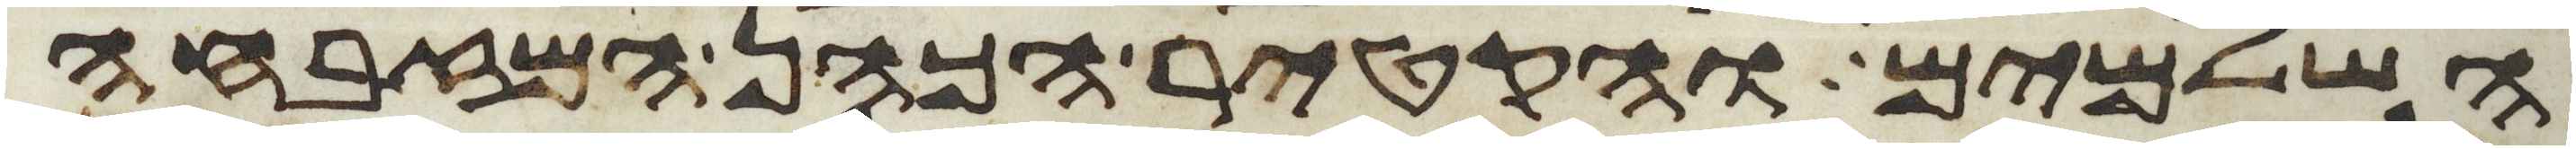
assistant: השלמים והקטיר הכהן המזבחה